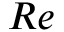
R e